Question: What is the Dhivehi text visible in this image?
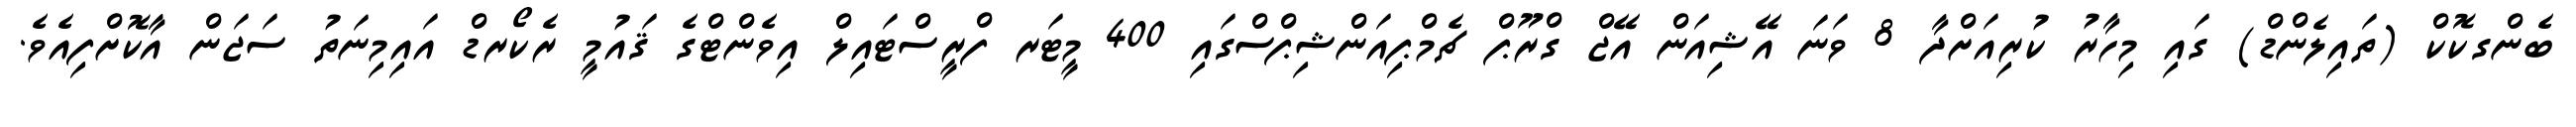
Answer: ބެންގކޮކް (ތައިލެންޑް) ގައި މިހާރު ކުރިއަށްދާ 8 ވަނަ އޭޝިއަން އޭޖް ގްރޫޕް ޗެމްޕިއަންޝިޕްސްގައި 400 މީޓަރ ފްރީސްޓައިލް އިވެންޓްގެ ޤައުމީ ރެކޯރޑް އައިމިނަތު ސަޖަން އާކޮށްފިއެވެ.